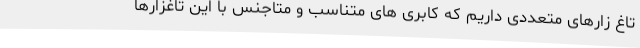
تاغ زارهای متعددی داریم که کابری های متناسب و متاجنس با این تاغزارها